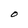
Character: O